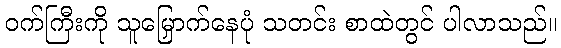
ဝက်ကြီးကို သူမြှောက်နေပုံ သတင်း စာထဲတွင် ပါလာသည်။